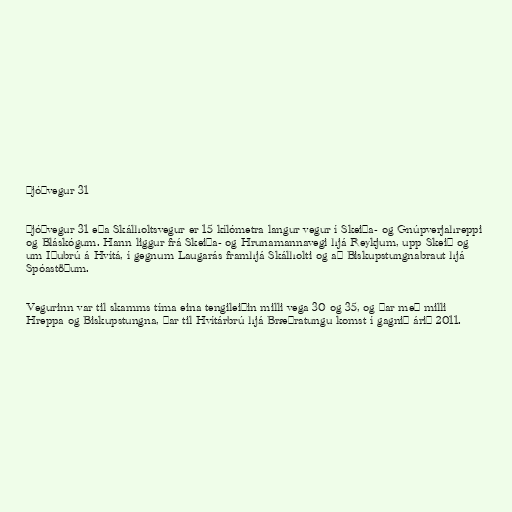
Þjóðvegur 31

Þjóðvegur 31 eða Skálholtsvegur er 15 kílómetra langur vegur í Skeiða- og Gnúpverjahreppi
og Bláskógum. Hann liggur frá Skeiða- og Hrunamannavegi hjá Reykjum, upp Skeið og
um Iðubrú á Hvítá, í gegnum Laugarás framhjá Skálholti og að Biskupstungnabraut hjá
Spóastöðum.

Vegurinn var til skamms tíma eina tengileiðin milli vega 30 og 35, og þar með milli
Hreppa og Biskupstungna, þar til Hvítárbrú hjá Bræðratungu komst í gagnið árið 2011.